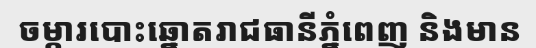
ចម្ការបោះឆ្នោតរាជធានីភ្នំពេញ និងមាន